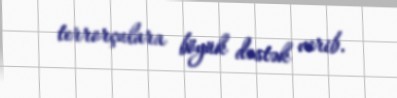
terrorçulara böyük dəstək verib.